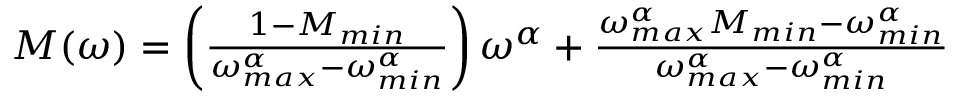
\begin{array} { r } { M ( \omega ) = \left( \frac { 1 - M _ { m i n } } { \omega _ { m a x } ^ { \alpha } - \omega _ { m i n } ^ { \alpha } } \right) \omega ^ { \alpha } + \frac { \omega _ { m a x } ^ { \alpha } M _ { m i n } - \omega _ { m i n } ^ { \alpha } } { \omega _ { m a x } ^ { \alpha } - \omega _ { m i n } ^ { \alpha } } } \end{array}